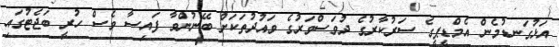
އަޅުގަނޑުމެން އެމްޑީޕީގެ ސަރުކާރުގެ ދުވަސްވަރުގެ ވައުދުތަކަށް ބޭނުންވާ ފައިސާ ވެސް ހުރީ ބަޖެޓުގައި